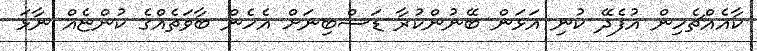
ކާއެއްޗެހިން އުފެދޭ ކުނި އަޅަން ބޭނުންކުރާ ޑަސްބިނަށް އެހެން ބާވަތެއްގެ ކުންޏެއް ނާޅަ